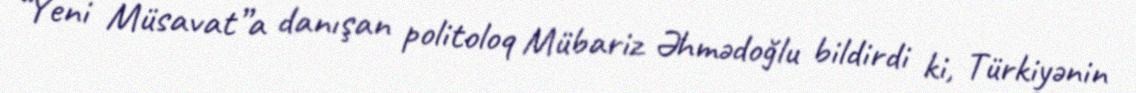
“Yeni Müsavat”a danışan politoloq Mübariz Əhmədoğlu bildirdi ki, Türkiyənin